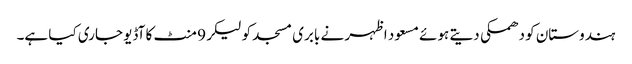
ہندوستان کو دھمکی دیتے ہوئے مسعود اظہر نے بابری مسجد کو لیکر 9 منٹ کا آڈیو جاری کیا ہے۔